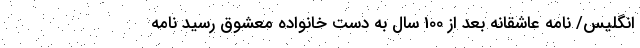
انگلیس/ نامه عاشقانه‌ بعد از 100 سال به دست خانواده معشوق رسید نامه